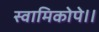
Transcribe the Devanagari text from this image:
स्वामिकोपे।।